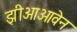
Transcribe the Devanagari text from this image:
झीआओवेन